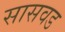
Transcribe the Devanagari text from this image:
सासवड